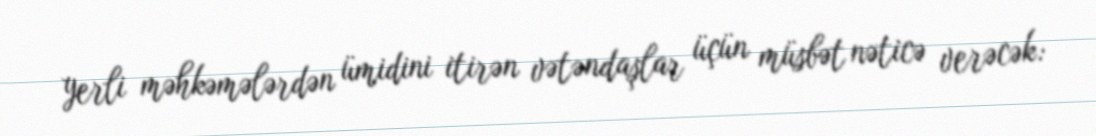
yerli məhkəmələrdən ümidini itirən vətəndaşlar üçün müsbət nəticə verəcək: